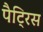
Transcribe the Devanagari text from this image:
पैट्रिस